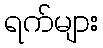
ရက်များ